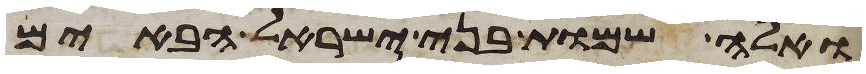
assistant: ואלה שמות בני ישראל הבאים